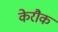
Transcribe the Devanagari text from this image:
केरौक